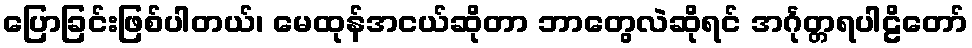
ပြောခြင်းဖြစ်ပါတယ်၊ မေထုန်အငယ်ဆိုတာ ဘာတွေလဲဆိုရင် အင်္ဂုတ္တရပါဠိတော်